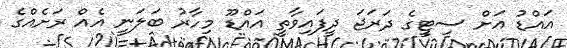
އައްޑު އަށް ސިޓީގެ ދަރަޖަ ދީފައިވާތީ އައްޑޫ މިހާރު ބަލަނީ އެއް ރަށެއްގެ